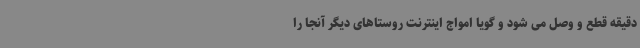
دقیقه قطع و وصل می شود و گویا امواج اینترنت روستاهای دیگر آنجا را